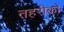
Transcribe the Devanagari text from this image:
तहरीकों